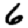
Digit: 6